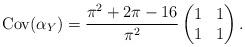
LaTeX: \begin{align*}\operatorname{Cov}(\alpha_Y)=\frac{\pi^2+2\pi-16}{\pi^2} \begin{pmatrix}1&1\\1&1\\\end{pmatrix} .\end{align*}